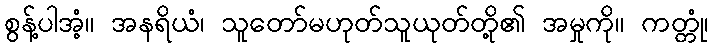
စွန့်ပါအံ့။ အနရိယံ၊ သူတော်မဟုတ်သူယုတ်တို့၏ အမှုကို။ ကတ္တုံ၊